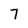
Character: 7